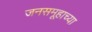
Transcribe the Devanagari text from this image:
जनसमूहाच्‍या